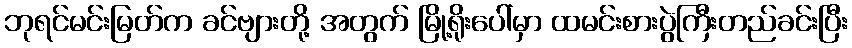
ဘုရင်မင်းမြတ်က ခင်ဗျားတို့ အတွက် မြို့ရိုးပေါ်မှာ ထမင်းစားပွဲကြီးတည်ခင်းပြီး